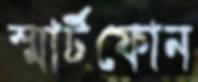
স্মার্টফোন